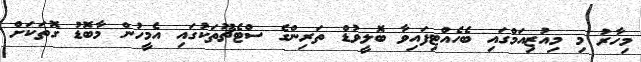
މިހާރު މި މިއުޒިއަމްގައި ބެހެއްޓިފައިވާ ބޮލީވުޑް ތަރިންގެ ސްޓެޗޫތަކުގައި އެމީހުން މާބޮޑު ގޮތަކަށް